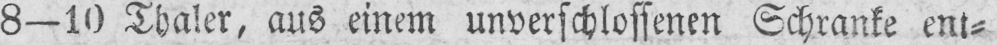
8-10 Thaler, aus einem unverschlossenen Schranke ent⸗